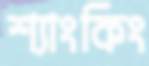
শ্যাংকিং